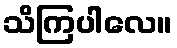
သိကြပါလေ။